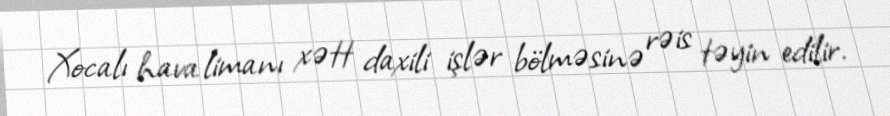
Xocalı hava limanı xətt daxili işlər bölməsinə rəis təyin edilir.